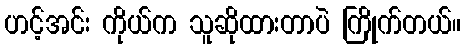
ဟင့်အင်း ကိုယ်က သူဆိုထားတာပဲ ကြိုက်တယ်။